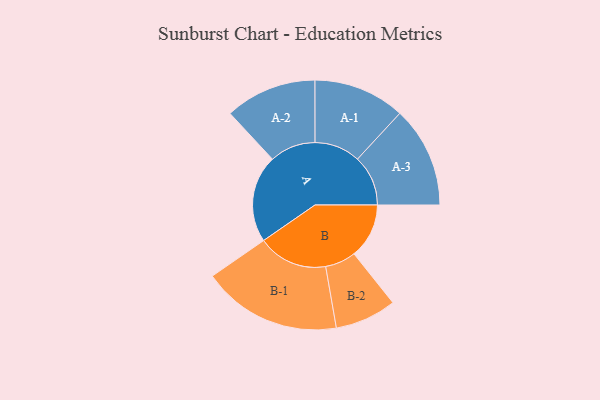
{"axis": {"x": "Segment", "y": "Value"}, "legend": ["", "A", "B"], "data": [{"x": "A", "y": 296, "type": ""}, {"x": "B", "y": 186, "type": ""}, {"x": "A-1", "y": 155, "type": "A"}, {"x": "A-2", "y": 155, "type": "A"}, {"x": "A-3", "y": 171, "type": "A"}, {"x": "B-1", "y": 236, "type": "B"}, {"x": "B-2", "y": 104, "type": "B"}]}